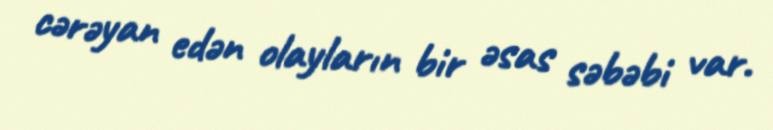
cərəyan edən olayların bir əsas səbəbi var.